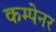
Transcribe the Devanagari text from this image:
कम्पेनर